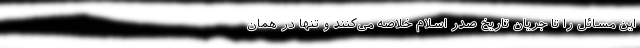
این مسائل را تا جریان تاریخ صدر اسلام خلاصه می‌کنند و تنها در همان